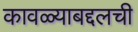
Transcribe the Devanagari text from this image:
कावळ्याबद्दलची